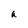
Character: a